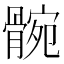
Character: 䯛